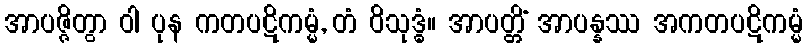
အာပဇ္ဇိတွာ ဝါ ပုန ကတပဋိကမ္မံ, တံ ဝိသုဒ္ဓံ။ အာပတ္တိံ အာပန္နဿ အကတပဋိကမ္မံ